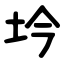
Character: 坅